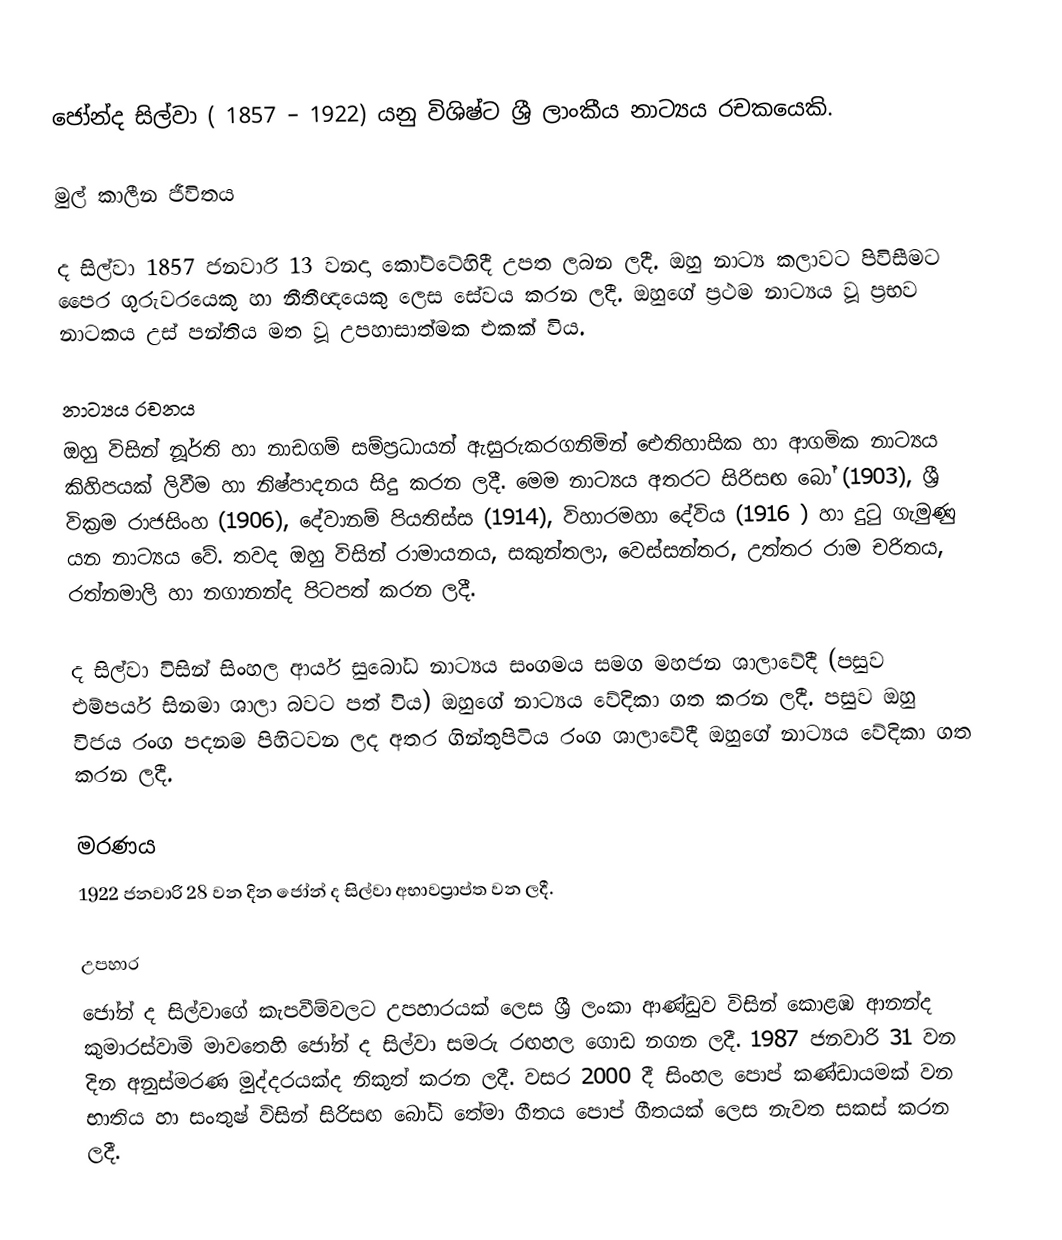
ජෝන්ද සිල්වා ( 1857 – 1922) යනු විශිෂ්ට ශ්‍රී ලාංකීය නාට්‍යය රචකයෙකි.

මුල් කාලීන ජීවිතය

ද සිල්වා 1857 ජනවාරි 13 වනදා ‍කෝට්ටේහිදී උපත ලබන ලදී. ඔහු නාට්‍ය කලාවට පිවිසීම‍ට පෛර ගුරුවරයෙකු හා නීතීඥයෙකු ලෙස සේවය කරන ලදී. ඔහුගේ ප්‍රථම නාට්‍යය වූ ප්‍රභව නාටකය උස් පන්තිය මත වූ උපහාසාත්මක එකක් විය.

නාට්‍යය රචනය
ඔහු විසින් නූර්ති හා නාඩගම් සම්ප්‍රධායන් ඇසුරුකරගනිමින් ‍ඓතිහාසික හා ආගමික නාට්‍යය කිහිපයක් ලිවීම හා නිෂ්පාදනය සිදු කරන ලදී. මෙම නාට්‍යය අතරට සිරිසඟ බෝ (1903), ශ්‍රී වික්‍රම රාජසිංහ (1906), දේවානම් පියතිස්ස (1914), විහාරමහා දේවිය (1916 ) හා දුටු ගැමුණු යන නාට්‍යය වේ. තවද ඔහු විසින් රාමායනය, සකුන්තලා, වෙස්සන්තර, උත්තර රාම චරිතය, රත්නමාලි හා නගානන්ද පිටපත් කරන ලදී.

ද සිල්වා විසින් සිංහල ආර්ය සුබෝධ නාට්‍යය සංගමය සමග මහජන ශාලාවේදී (පසුව එම්පයර් සිනමා ශාලා බවට පත් විය) ඔහුගේ නාට්‍යය වේදිකා ගත කරන ලදී. පසුව ඔහු විජය රංග පදනම පිහිටවන ලද අතර ගින්තුපිටිය රංග ශාලාවේදී ඔහුගේ නාට්‍යය වේදිකා ගත කරන ලදී.

මරණය
1922 ජනවාරි 28 වන දින ජෝන් ද සිල්වා අභාවප්‍රාප්ත වන ලදී.

උපහාර
ජෝන් ද සිල්වාගේ කැපවීම්වලට උපහාරයක් ලෙස ශ්‍රී ලංකා ආණ්ඩුව විසින් කොළඹ ආනන්ද කුමාරස්වාමි මාවතෙහි ජෝන් ද සිල්වා සමරු රඟහල ගොඩ නගන ලදී. 1987 ජනවාරි 31 වන දින අනුස්මරණ මුද්දරයක්ද නිකුත් කරන ලදී. වසර 2000 දී සිංහල පොප් කණ්ඩායමක් වන භාතිය හා සංතුෂ් විසින් සිරිසඟ බෝධි තේමා ගීතය පොප් ගීතයක් ලෙස නැවත සකස් කරන ලදී.